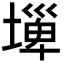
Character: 𡐕